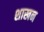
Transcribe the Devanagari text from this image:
शाखन